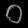
Digit: ၀